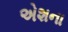
એશના